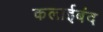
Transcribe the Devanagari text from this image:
कलाईबंद